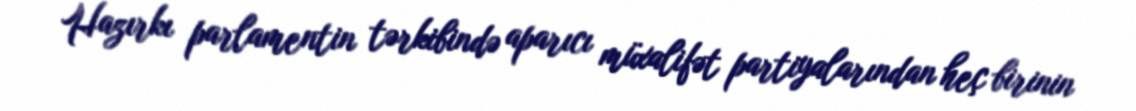
Hazırkı parlamentin tərkibində aparıcı müxalifət partiyalarından heç birinin